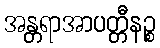
အန္တရာအာပတ္တီနဉ္စ